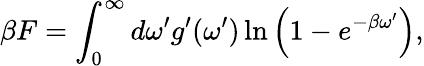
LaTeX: \beta F=\int_{0}^{\infty}d\omega^{\prime}g^{\prime}(\omega^{\prime})\ln\left(1-e^{-\beta\omega^{\prime}}\right),